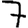
Digit: 7